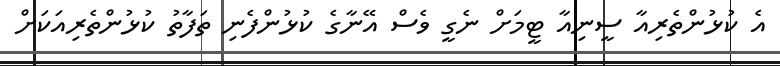
އެ ކުޅުންތެރިއާ ސީނިއާ ޓީމަށް ނެގީ ވެސް އޭނާގެ ކުޅުންފެނި ތަފާތު ކުޅުންތެރިއަކަށް